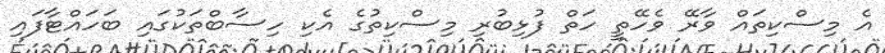
އެ މިސްކިތައް ވާރޭ ވެހޭތީ ހަތް ފުޅިބުރި މިސްކިތުގެ އެކި ހިސާބްތަކުގައި ބަހައްޓާފައި